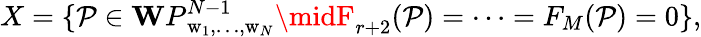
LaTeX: X=\{ \mathcal{P}\in{\mathbf{W}P}_{\mathrm{{w}}_{1},\ldots,\mathrm{{w}}_{N}}^{N-1}\midF_{r+2}(\mathcal{P})=\cdots=F_{M}(\mathcal{P})=0\} ,